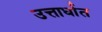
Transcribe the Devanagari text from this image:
उत्तार्धात